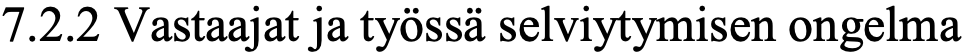
7.2.2 Vastaajat ja työssä selviytymisen ongelma